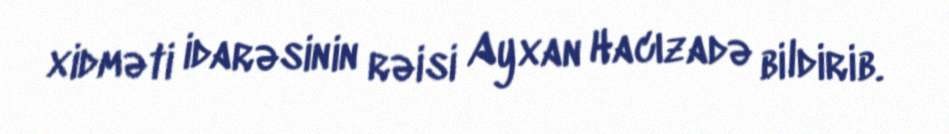
xidməti idarəsinin rəisi Ayxan Hacızadə bildirib.